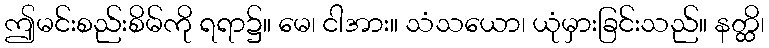
ဤမင်းစည်းစိမ်ကို ရရာ၌။ မေ၊ ငါအား။ သံသယော၊ ယုံမှားခြင်းသည်။ နတ္ထိ၊